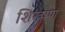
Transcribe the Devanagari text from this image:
शिख्षण